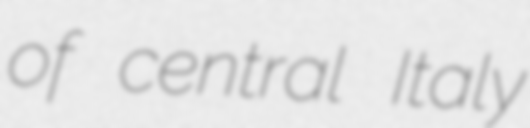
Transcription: of central Italy